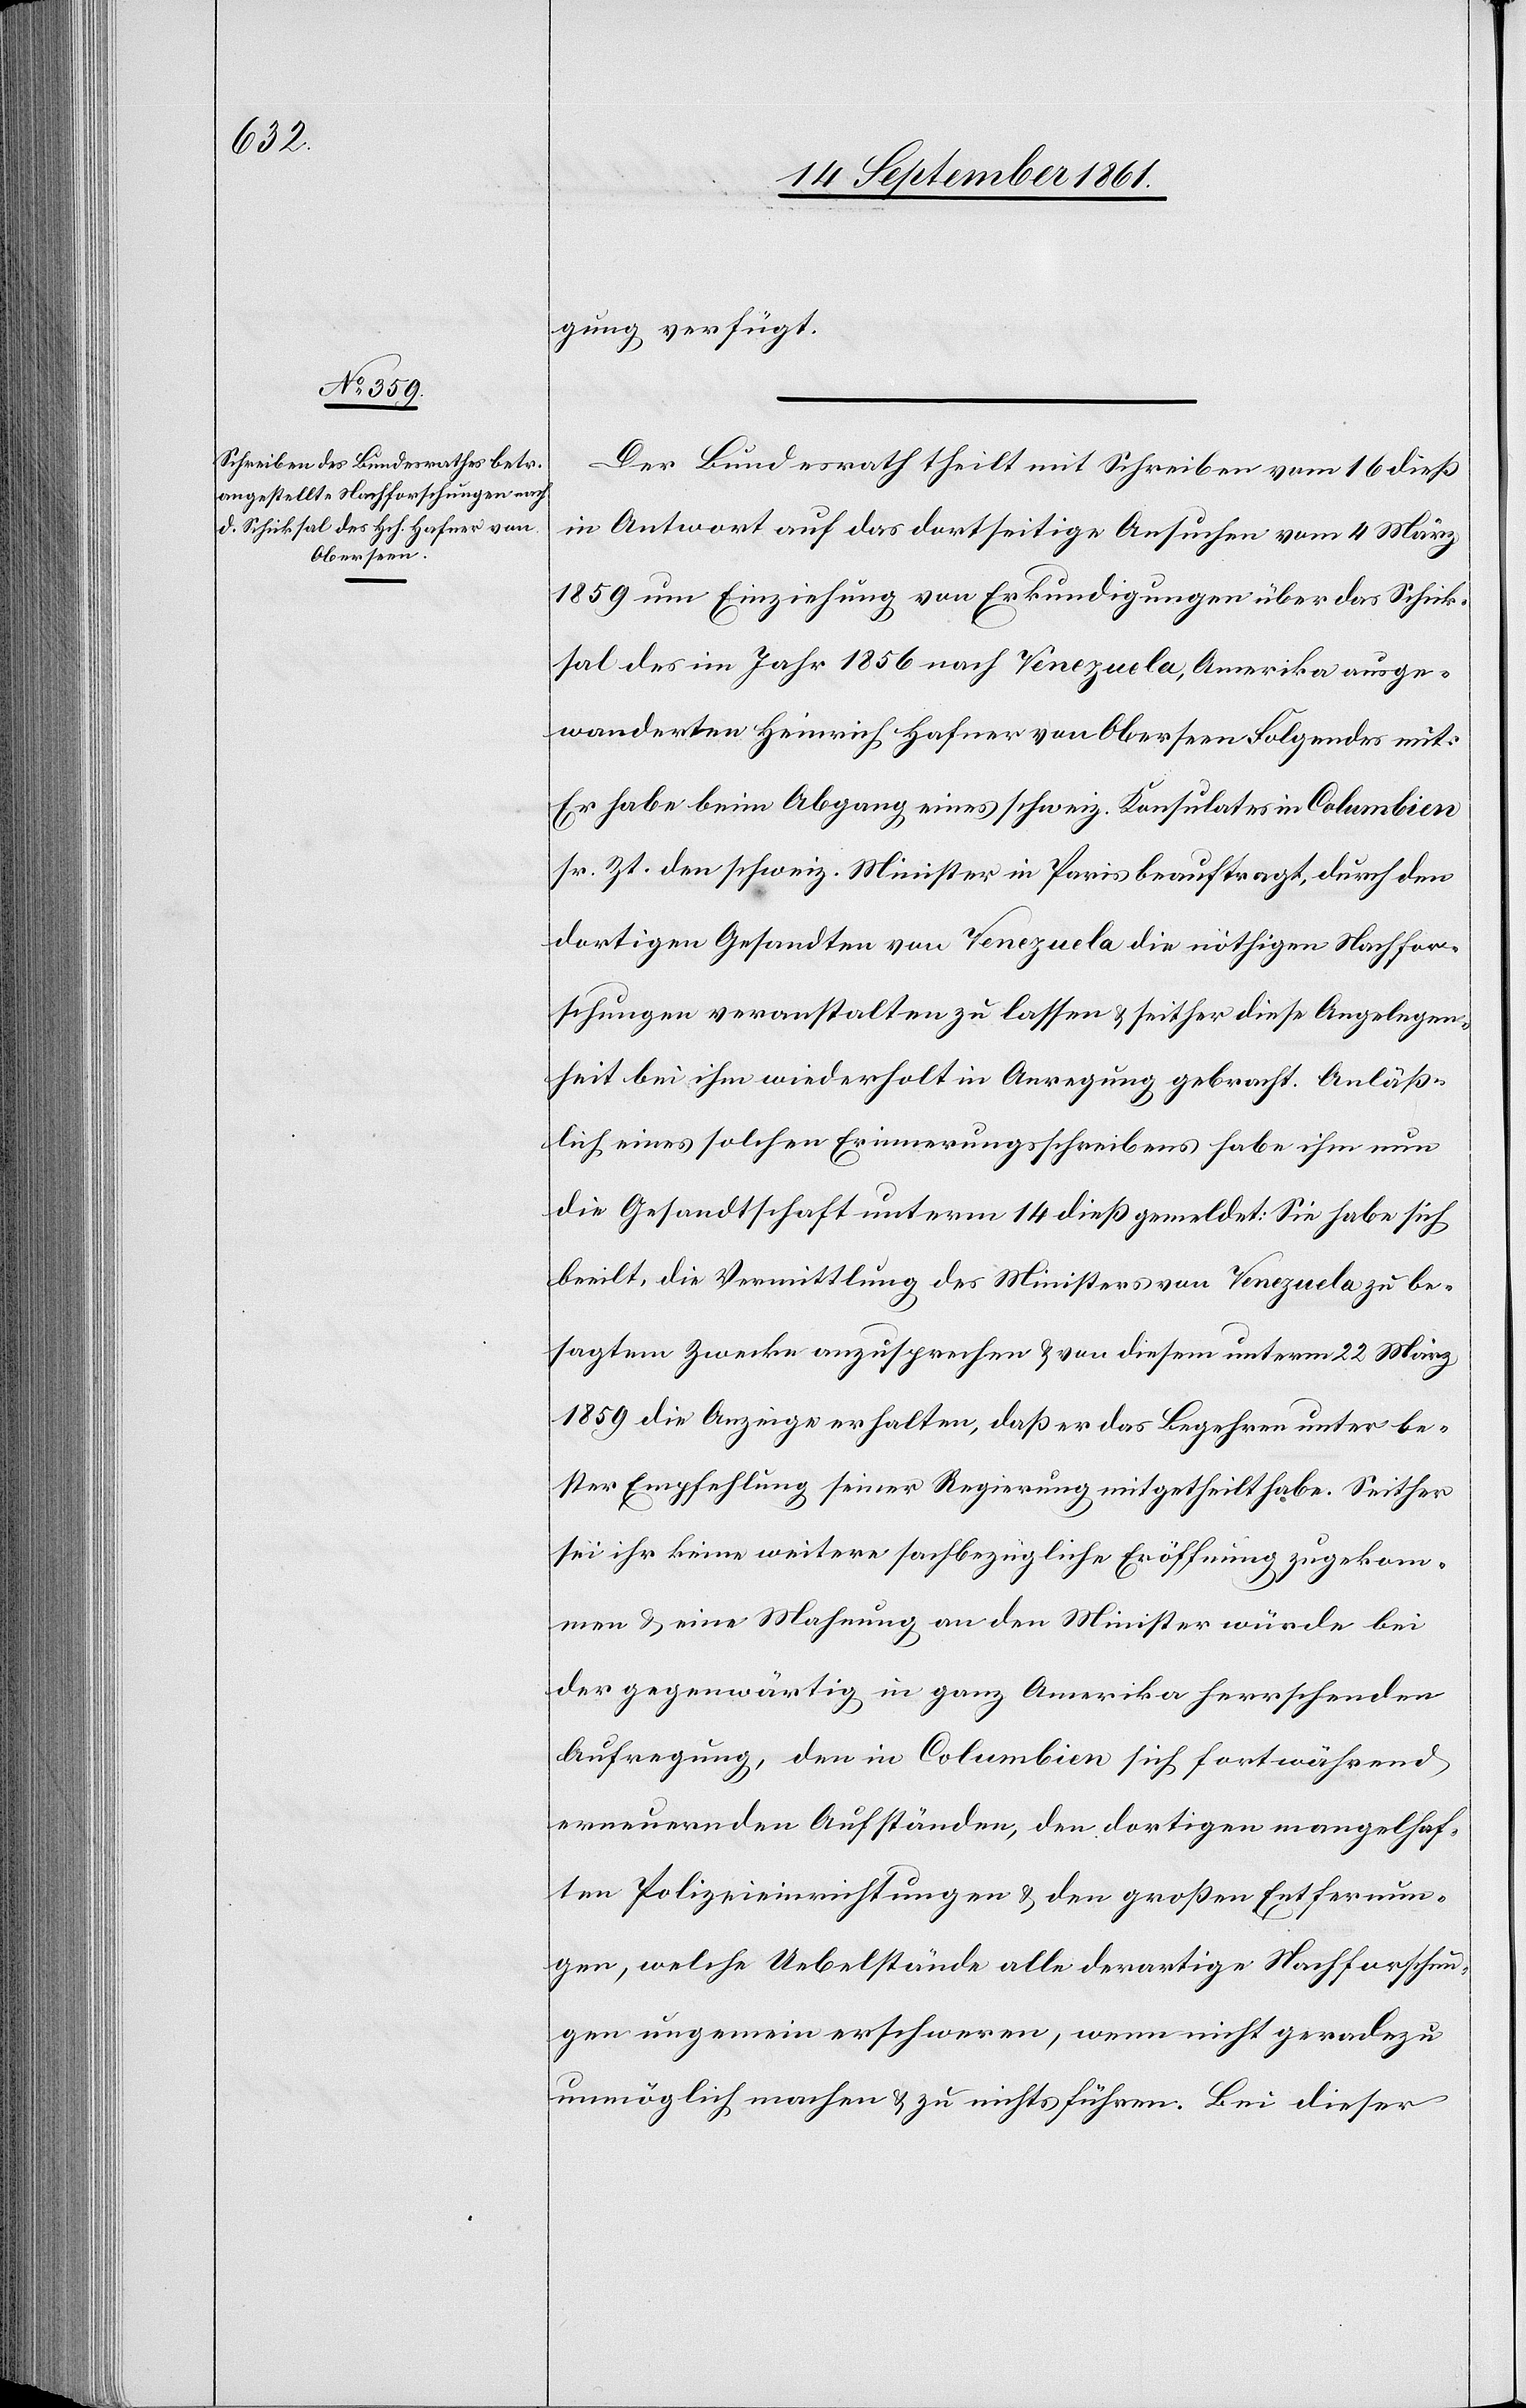
18 September 1861.]
gung verfügt.
Der Bundesrath theilt mit Schreiben vom 16 dieß
in Antwort auf das dortseitige Ansuchen vom 4 März
1859 um Einziehung von Erkundigungen über das Schick¬
sal des im Jahr 1856 nach Venezuela, Amerika ausge¬
wanderten Heinrich Hafner von Oberseen Folgendes mit:
Er habe beim Abgang eines schweiz. Konsulates in Columbien
sr. Zt. den schweiz. Minister in Paris beauftragt, durch den
dortigen Gesandten von Venezuela die nöthigen Nachfor¬
schungen veranstalten zu lassen u. seither diese Angelegen¬
heit bei ihm wiederholt in Anregung gebracht. Anläß¬
lich eines solchen Erinnerungsschreibens habe ihm nun
die Gesandtschaft unterm 14 dieß gemeldet: Sie habe sich
beeilt, die Vermittlung des Ministers von Venezuela zu be¬
sagtem Zwecke anzusprechen u. von diesem unterm 22 März
1859 die Anzeige erhalten, daß er das Begehren unter be¬
ster Empfehlung seiner Regierung mitgetheilt habe. Seither
sei ihr keine weitere sachbezügliche Eröffnung zugekom¬
men u. eine Mahnung an den Minister würde bei
der gegenwärtig in ganz Amerika herrschenden
Aufregung, den in Columbien sich fortwährend
erneuernden Aufständen, den dortigen mangelhaf¬
ten Polizeieinrichtungen u. den großen Entfernun¬
gen, welche Uebelstände alle derartige Nachforschun¬
gen ungemein erschweren, wenn nicht geradezu
unmöglich machen u. zu nichts führen. Bei dieser